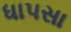
ધાપસા